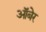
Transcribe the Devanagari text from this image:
ऑबेर